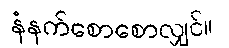
နံနက်စောစောလျှင်။